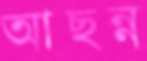
আছন্ন